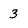
Character: 3